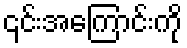
၎င်းအကြောင်းကို